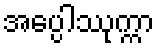
အပ္ပေါဿုက္ကာ